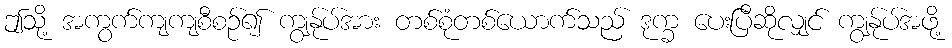
ဤသို့ အကွက်ကျကျစီစဉ်၍ ကျွန်ုပ်အား တစ်စုံတစ်ယောက်သည် ဒုက္ခ ပေးပြီဆိုလျှင် ကျွန်ုပ်အဖို့